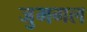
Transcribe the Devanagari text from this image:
जुमगल